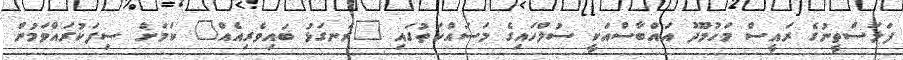
ފަލަސްތީނުގެ ރައީސް މަހުމޫދު އައްބާސްއަކީ ސުލްހައިގެ މަސައްކަތުގައި "ރަނގަޅު ބައިވެރިއެއް" ކަމަށް ސިފަކުރައްވަމުން